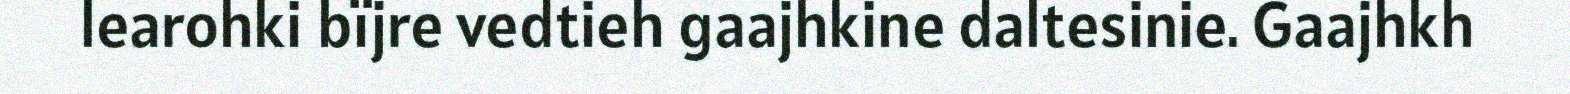
learohki bïjre vedtieh gaajhkine daltesinie. Gaajhkh